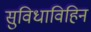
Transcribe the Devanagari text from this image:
सुविधाविहिन